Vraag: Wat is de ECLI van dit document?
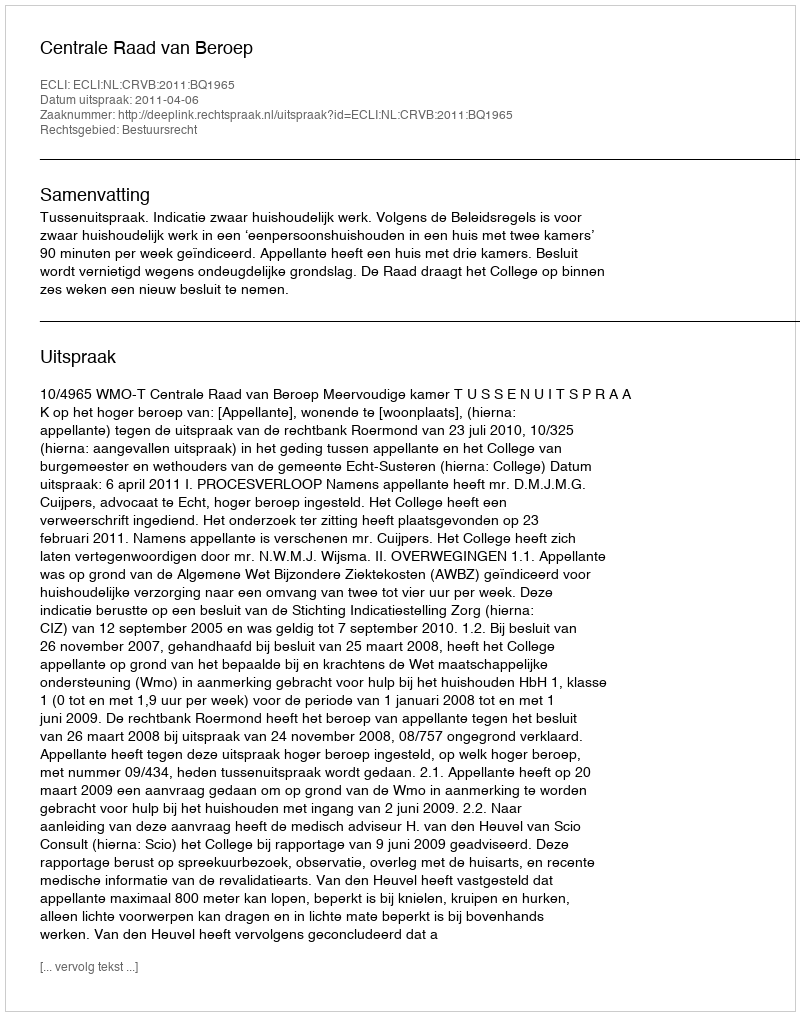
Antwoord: ECLI:NL:CRVB:2011:BQ1965